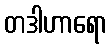
တဒါဟာရော